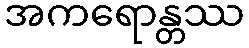
အကရောန္တဿ